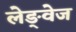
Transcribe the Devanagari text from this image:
लेङ्वेज